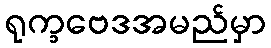
ရုက္ခဗေဒအမည်မှာ